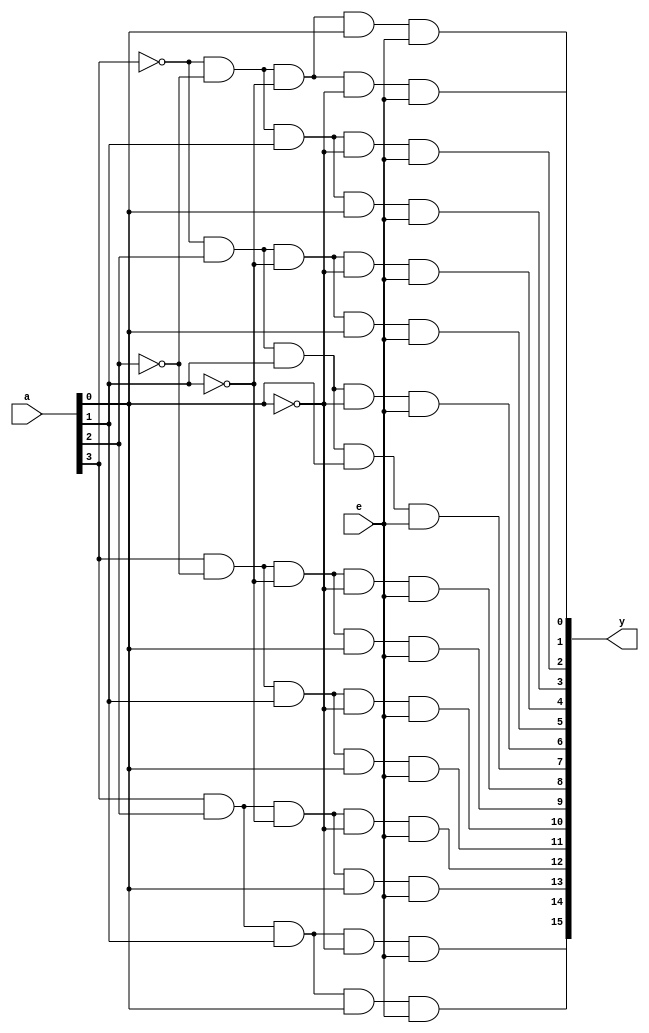
//Gate modelling for 4 to 16 Decoder

module decoder(a,e,y);
	input [3:0]a;               //a[3] is msb & a[0] is lsb
	input e;
	output [15:0]y;             //y[15] is msb & y[0] is lsb
	
	not(a0,a[0]);
	not(a1,a[1]);
	not(a2,a[2]);
	not(a3,a[3]);
	
	and(y[0],a3,a2,a1,a0,e);
	and(y[1],a3,a2,a1,a[0],e);
	and(y[2],a3,a2,a[1],a0,e);
	and(y[3],a3,a2,a[1],a[0],e);
	and(y[4],a3,a[2],a1,a0,e);
	and(y[5],a3,a[2],a1,a[0],e);
	and(y[6],a3,a[2],a[1],a0,e);
	and(y[7],a3,a[2],a[1],a[0],e);
	and(y[8],a[3],a2,a1,a0,e);
	and(y[9],a[3],a2,a1,a[0],e);
	and(y[10],a[3],a2,a[1],a0,e);
	and(y[11],a[3],a2,a[1],a[0],e);
	and(y[12],a[3],a[2],a1,a0,e);
	and(y[13],a[3],a[2],a1,a[0],e);
	and(y[14],a[3],a[2],a[1],a0,e);
	and(y[15],a[3],a[2],a[1],a[0],e);
	
endmodule